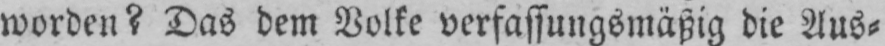
worden? Das dem Volke verfassungsmäßig die Aus⸗